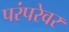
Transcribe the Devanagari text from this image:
परंपरेवर